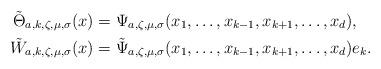
LaTeX: \begin{align*}\tilde{\Theta}_{a,k,\zeta,\mu,\sigma}(x) &= \Psi_{a,\zeta,\mu,\sigma}(x_1,\dots,x_{k-1},x_{k+1},\dots,x_d),\\\tilde{W}_{a,k,\zeta,\mu,\sigma}(x) &= \tilde{\Psi}_{a,\zeta,\mu,\sigma}(x_1,\dots,x_{k-1},x_{k+1},\dots,x_d)e_k.\end{align*}